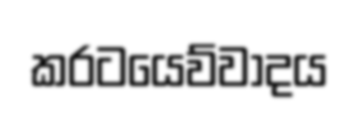
කරටයෙව්වාදය